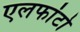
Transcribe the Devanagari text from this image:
एलफांटो